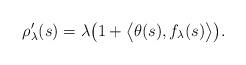
LaTeX: \begin{align*}\rho_{\lambda}'(s) = \lambda \big(1 + \big< \theta(s), f_{\lambda}(s)\big> \big). \end{align*}